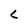
Character: L